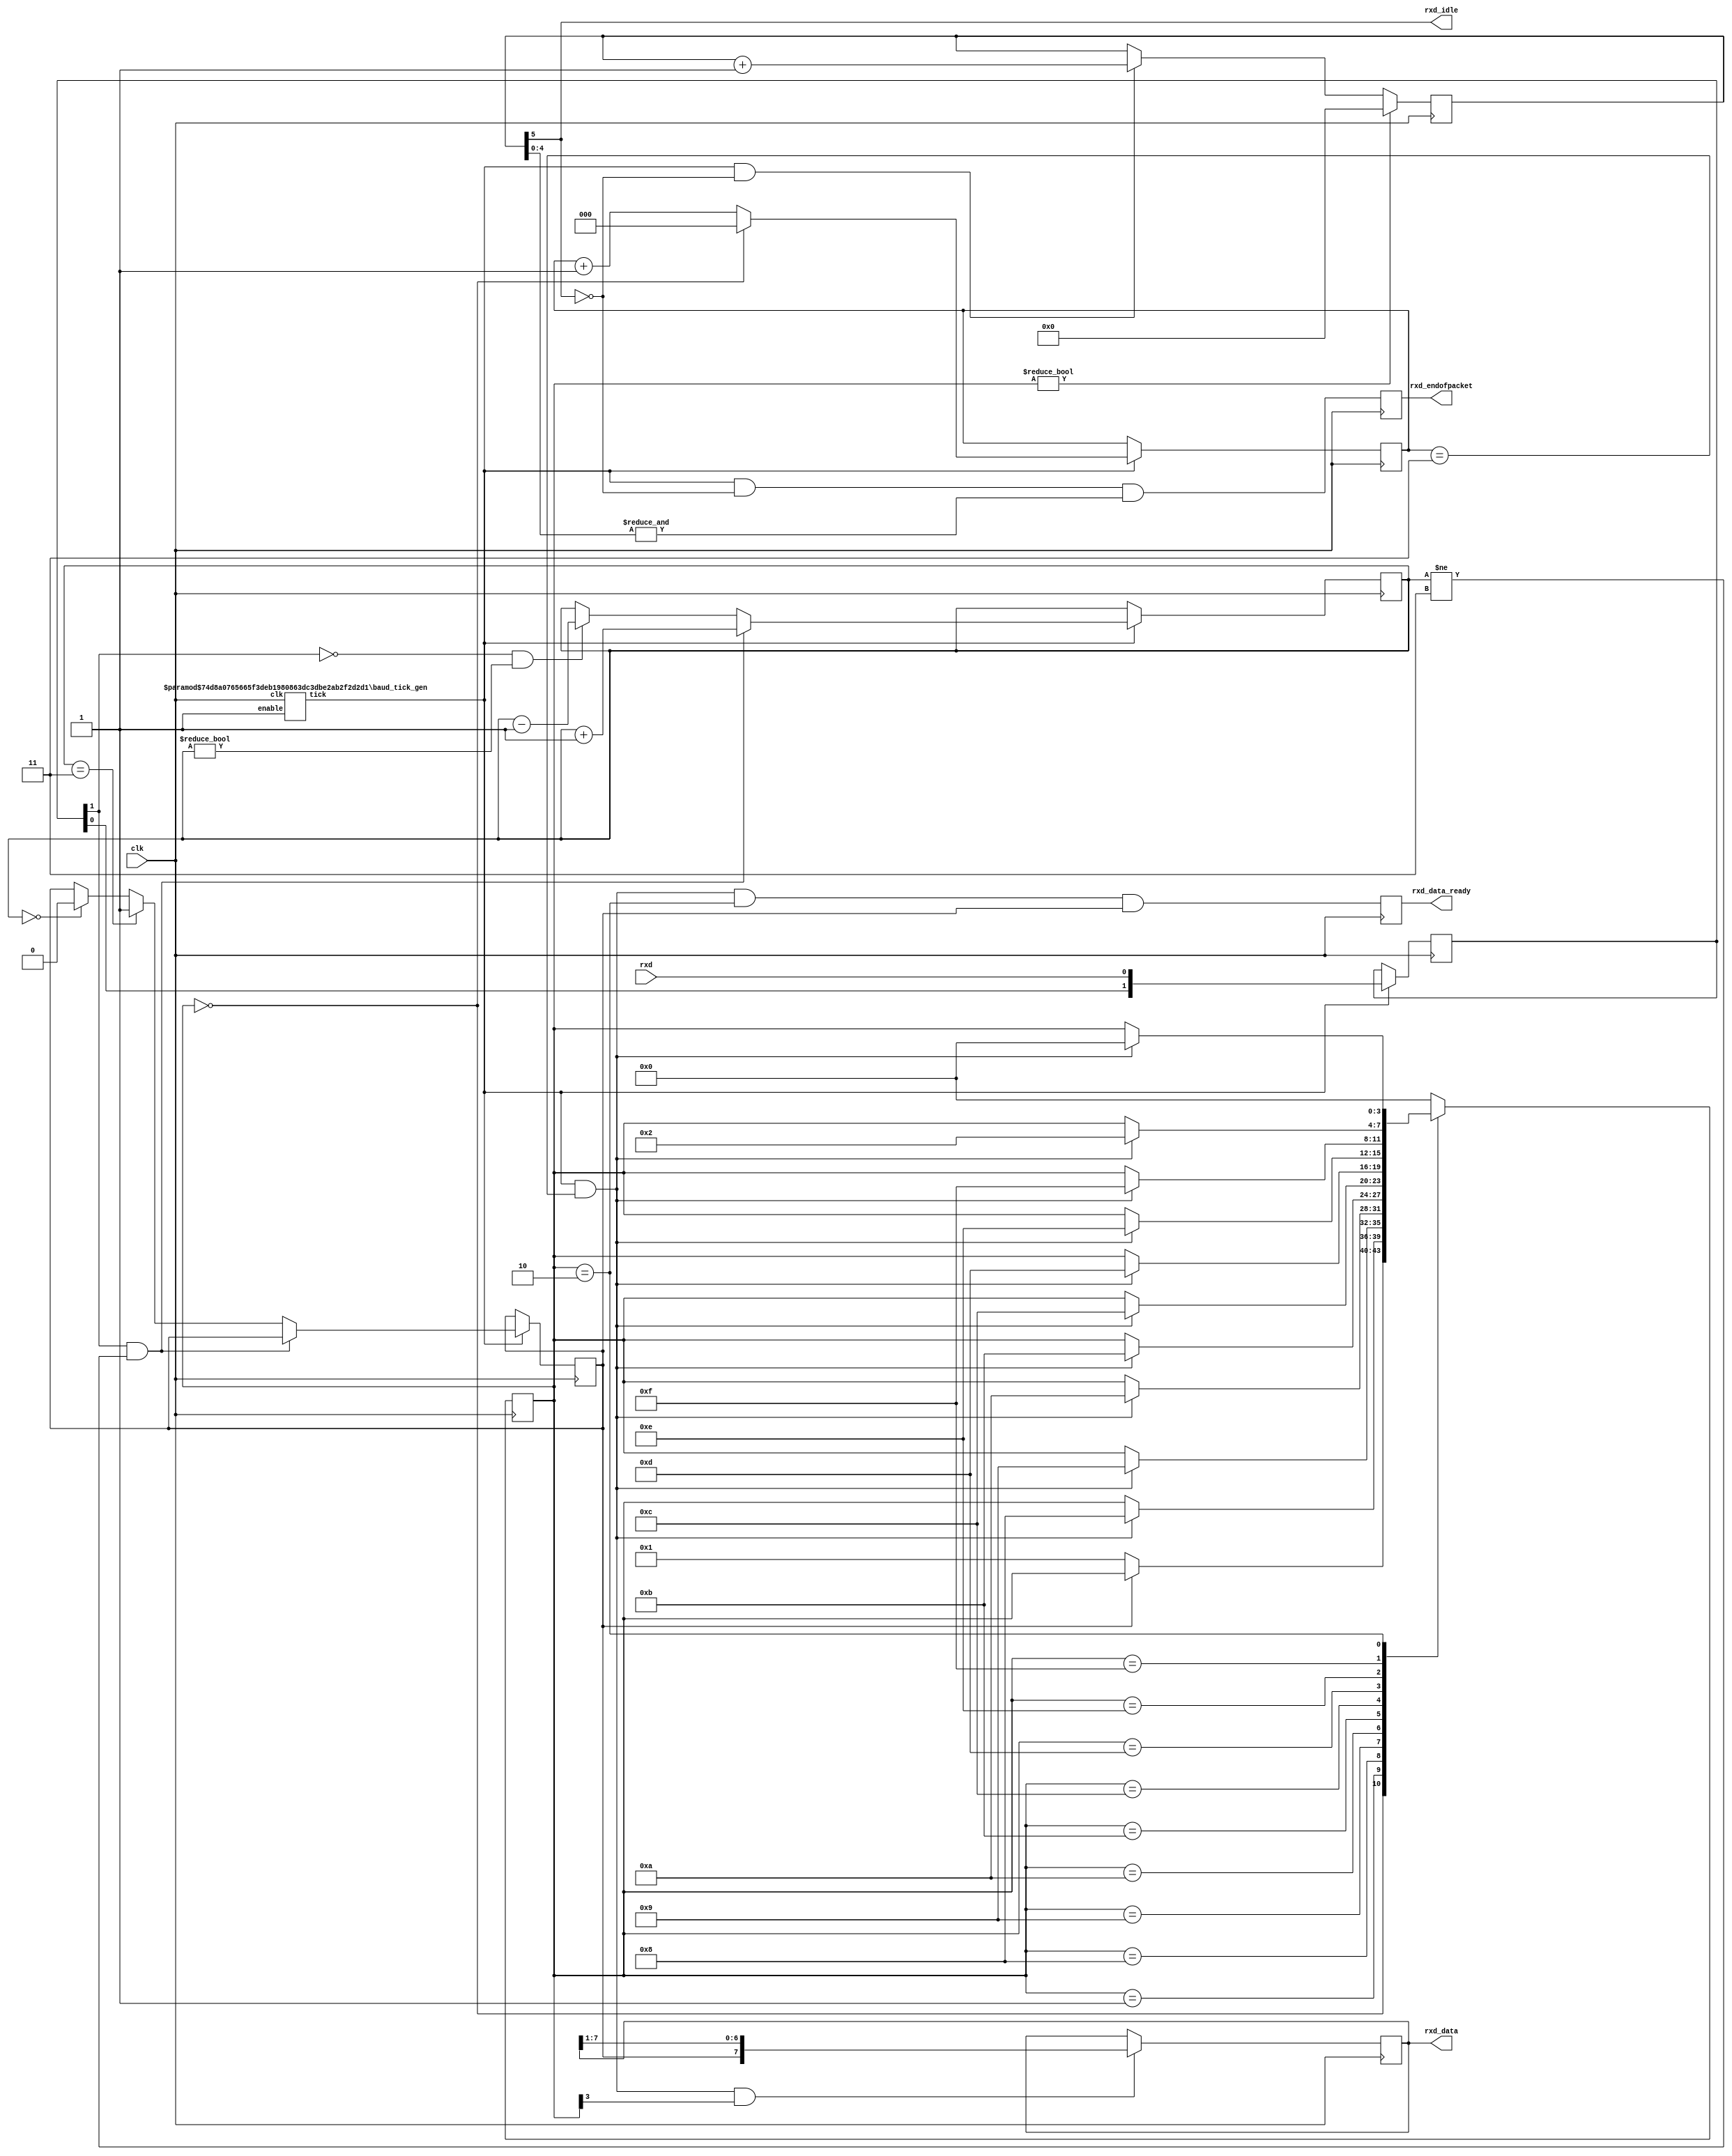
// RX: 8 bit data, 1 stop, no parity (the receiver can accept more stop bits)

module async_receiver (clk, rxd, rxd_data_ready, rxd_data, rxd_idle, rxd_endofpacket);
input clk;
input rxd;
output reg rxd_data_ready = 0;
output reg [7:0] rxd_data = 0;  //data received, valid for one clock cycle when rxd_data_ready is asserted
 
//we can also detect if a gap occurs in the received stream of characters
//this is useful if multiple characters are sent in a burst
//multiple characters can be treated as a "packet"
output rxd_idle;
output reg rxd_endofpacket = 0;

parameter clk_freq = 25000000; //25MHz
parameter baud = 115200;

//needs to be a power of 2
//oversample the rxd line at a fixed rate to capture each rxd data bit at the "right" time
//8 times oversampling by default, use 16 for higher quality reception
parameter over_sampling = 8; 

reg [3:0] rxd_state = 0;

`ifdef SIMULATION
wire rxd_bit = rxd;
wire sample_now = 1'b1;

`else
wire over_sampling_tick;
baud_tick_gen #(clk_freq, baud, over_sampling) tickgen(.clk(clk), .enable(1'b1), .tick(over_sampling_tick));

//synchronize rxd to our clock domain
reg [1:0] rxd_sync = 2'b11;
always @(posedge clk) begin
    if(over_sampling_tick)
        rxd_sync <= {rxd_sync[0], rxd};
end

//and filter it
reg [1:0] filter_cnt = 2'b11;
reg rxd_bit = 1'b1;

always @(posedge clk) begin
    if(over_sampling_tick) begin
        if(rxd_sync[1] == 1'b1 && filter_cnt != 2'b11)
            filter_cnt <= filter_cnt + 1'd1;
        else begin
            if(rxd_sync[1] == 1'b0 && filter_cnt != 2'b00)
                filter_cnt <= filter_cnt - 1'd1;
            if(filter_cnt == 2'b11)
                rxd_bit <= 1'b1;
            else
                if(filter_cnt == 2'b00)
                    rxd_bit <= 1'b0;
        end
    end
end

//and decide when it is time to sample the rxd line
function integer log2(input integer v); begin 
    log2=0; 
    while(v>>log2)
        log2=log2+1;
end
endfunction

localparam p = log2(over_sampling);
reg [p-2:0] over_sampling_cnt = 0;

always @(posedge clk) begin
    if(over_sampling_tick)
        over_sampling_cnt <= (rxd_state==0) ? 1'd0 : over_sampling_cnt + 1'd1;
end

wire sample_now = over_sampling_tick && (over_sampling_cnt == over_sampling/2-1);
`endif

//now we can accumulate the rxd bits in a shift register
always @(posedge clk) begin
    case(rxd_state)
        4'b0000: if(~rxd_bit) rxd_state <= `ifdef SIMULATION 4'b1000 `else 4'b0001 `endif;  //start bit found?
        4'b0001: if(sample_now) rxd_state <= 4'b1000;   //sync start bit to sample_now
        4'b1000: if(sample_now) rxd_state <= 4'b1001;   //bit 0
        4'b1001: if(sample_now) rxd_state <= 4'b1010;   //bit 1
        4'b1010: if(sample_now) rxd_state <= 4'b1011;   //bit 2
        4'b1011: if(sample_now) rxd_state <= 4'b1100;   //bit 3
        4'b1100: if(sample_now) rxd_state <= 4'b1101;   //bit 4
        4'b1101: if(sample_now) rxd_state <= 4'b1110;   //bit 5
        4'b1110: if(sample_now) rxd_state <= 4'b1111;   //bit 6
        4'b1111: if(sample_now) rxd_state <= 4'b0010;   //bit 7
        4'b0010: if(sample_now) rxd_state <= 4'b0000;   //bit 8
        default: rxd_state <= 4'b0000;
    endcase
end

always @(posedge clk) begin
    if(sample_now && rxd_state[3])
        rxd_data <= {rxd_bit, rxd_data[7:1]};
end

//reg rxd_data_error = 0;
always @(posedge clk) begin
    rxd_data_ready <= (sample_now && rxd_state==4'b0010 && rxd_bit);    //make sure a stop bit is received
    //rxd_data_error <= (sample_now && rxd_state==4'b0010 && ~rxd_bit); //error if a stop bit is not received
end

`ifdef SIMULATION
assign rxd_idle = 0;
`else
reg [p+1:0] gap_cnt = 0;

always @(posedge clk) begin
    if(rxd_state != 0)
        gap_cnt <= 0;
    else
        if(over_sampling_tick && ~gap_cnt[log2(over_sampling)+1])
            gap_cnt <= gap_cnt + 1'h1;
end

assign rxd_idle = gap_cnt[p+1];

always @(posedge clk) begin
 rxd_endofpacket <= over_sampling_tick & ~gap_cnt[p+1] & &gap_cnt[p:0];
end

`endif


endmodule


module baud_tick_gen (clk, enable, tick);
input clk, enable;
output tick;    //generate a tick at the specified baud rate * over_sampling

parameter clk_freq = 25000000;
parameter baud = 115200;
parameter over_sampling = 1;

function integer log2(input integer v); begin 
    log2=0; 
    while(v>>log2)
        log2=log2+1;
end
endfunction

localparam acc_width = log2(clk_freq/baud) + 8;
reg [acc_width:0] acc = 0;
localparam shift_limiter = log2(baud*over_sampling >> (31-acc_width));  //this makes sure inc calculation does not overflow
localparam inc = ((baud*over_sampling << (acc_width-shift_limiter)) + ( clk_freq >> (shift_limiter+1))) / (clk_freq >> shift_limiter);

always @(posedge clk) begin
    if(enable)
        acc <= acc[acc_width-1:0] + inc[acc_width:0];
    else
        acc <= inc[acc_width:0];
end

assign tick = acc[acc_width];

endmodule